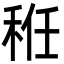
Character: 秹